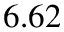
6 . 6 2